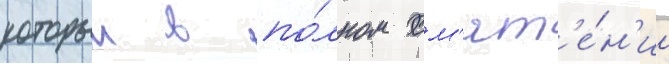
которыи в по́лном см'ят'е́н'ии